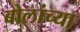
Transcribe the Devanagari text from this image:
बोलांच्या